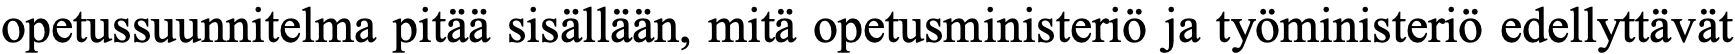
opetussuunnitelma pitää sisällään, mitä opetusministeriö ja työministeriö edellyttävät